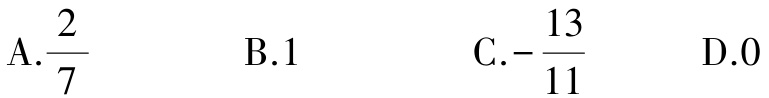
A.$\frac{2}{7}$  B.$1$  C.$-\frac{13}{11}$  D.$0$